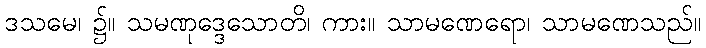
ဒသမေ၊ ၌။ သမဏုဒ္ဒေသောတိ၊ ကား။ သာမဏေရော၊ သာမဏေသည်။